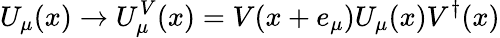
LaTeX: U_{\mu}(x)\rightarrow U_{\mu}^{V}(x)=V(x+e_{\mu})U_{\mu}(x)V^{\dagger}(x)